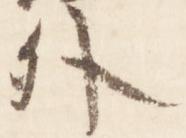
外